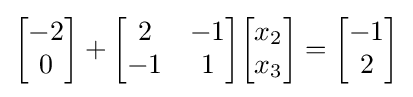
{\begin{bmatrix}-2\\0\end{bmatrix}}+{\begin{bmatrix}2&-1\\-1&1\end{bmatrix}}{\begin{bmatrix}x_{2}\\x_{3}\end{bmatrix}}={\begin{bmatrix}-1\\2\end{bmatrix}}